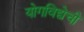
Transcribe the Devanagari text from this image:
योगविद्येची